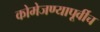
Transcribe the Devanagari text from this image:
कोमेजण्यापूर्वीच